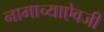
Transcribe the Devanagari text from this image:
नामाच्याऐवजी